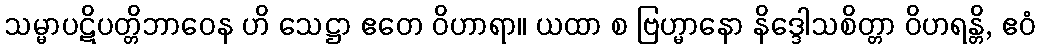
သမ္မာပဋိပတ္တိဘာဝေန ဟိ သေဋ္ဌာ ဧတေ ဝိဟာရာ။ ယထာ စ ဗြဟ္မာနော နိဒ္ဒေါသစိတ္တာ ဝိဟရန္တိ, ဧဝံ